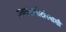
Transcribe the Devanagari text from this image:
अक्कलकोटनिवासी